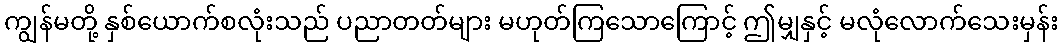
ကျွန်မတို့ နှစ်ယောက်စလုံးသည် ပညာတတ်များ မဟုတ်ကြသောကြောင့် ဤမျှနှင့် မလုံလောက်သေးမှန်း